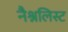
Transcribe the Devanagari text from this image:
नैश्नलिस्ट